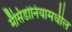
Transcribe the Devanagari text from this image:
मॅसिडोनियामधील